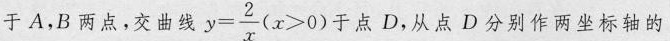
于A，B两点，交曲线 $$y = \frac { 2 } { x } ( x > 0 )$$于点D，从点D分别作两坐标轴的